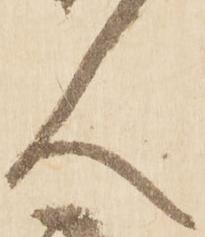
人